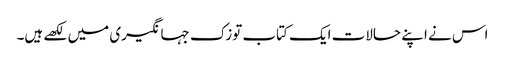
اس نے اپنے حالات ایک کتاب توزک جہانگیری میں لکھے ہیں۔